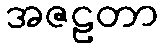
အဇဠတာ